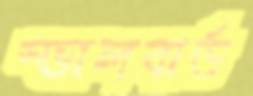
স্ভালবার্ড